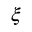
\xi